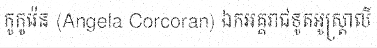
កូកូរ៉េន (Angela Corcoran) ឯកអគ្គរាជទូតអូស្ត្រាលី